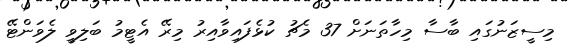
މިސީޒަނުގައި ބާސާ މިހާތަނަށް 37 މެޗު ކުޅެފައިވާއިރު މިރޭ އެޓީމު ބަލިވީ ލެވަންޓޭ